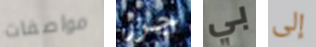
مواصفات جزر بي إلى